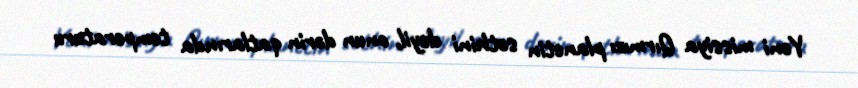
Yeni missiya Qırmızı planetin səthini deyil, onun dərin qatlarında temperaturu